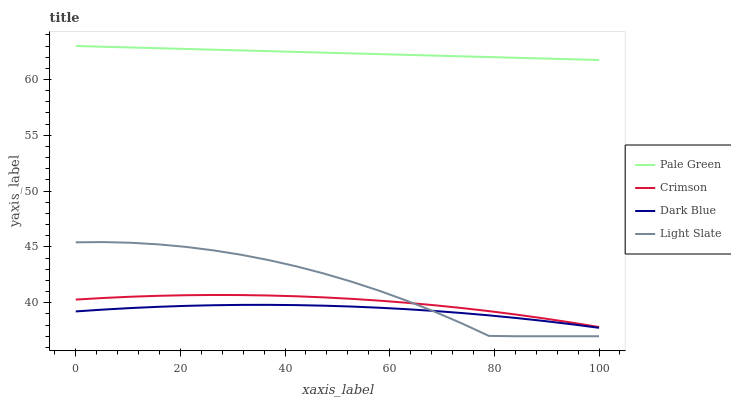
| xaxis_label | Pale Green | Crimson | Dark Blue | Light Slate |
 | --- | --- | --- | --- | --- |
 | 0 | 63 | 40.3 | 39.2 | 45.4 |
 | 5.26 | 62.9 | 40.4 | 39.4 | 45.4 |
 | 10.5 | 62.9 | 40.5 | 39.5 | 45.4 |
 | 15.8 | 62.8 | 40.6 | 39.6 | 45.2 |
 | 21.1 | 62.7 | 40.7 | 39.7 | 45 |
 | 26.3 | 62.7 | 40.7 | 39.8 | 44.7 |
 | 31.6 | 62.6 | 40.7 | 39.8 | 44.3 |
 | 36.8 | 62.5 | 40.7 | 39.8 | 43.8 |
 | 42.1 | 62.5 | 40.6 | 39.8 | 43.3 |
 | 47.4 | 62.4 | 40.5 | 39.7 | 42.6 |
 | 52.6 | 62.3 | 40.4 | 39.7 | 41.9 |
 | 57.9 | 62.3 | 40.2 | 39.6 | 41.1 |
 | 63.2 | 62.2 | 40 | 39.4 | 40.2 |
 | 68.4 | 62.1 | 39.8 | 39.3 | 39.2 |
 | 73.7 | 62.1 | 39.5 | 39.1 | 38.2 |
 | 78.9 | 62 | 39.3 | 38.9 | 37 |
 | 84.2 | 61.9 | 38.9 | 38.6 | 37 |
 | 89.5 | 61.9 | 38.6 | 38.4 | 37 |
 | 94.7 | 61.8 | 38.2 | 38.1 | 37 |
 | 100 | 61.7 | 37.8 | 37.8 | 37 |